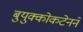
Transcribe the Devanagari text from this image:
बुयुक्कोकटेनने